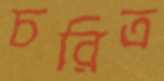
চরিত্র